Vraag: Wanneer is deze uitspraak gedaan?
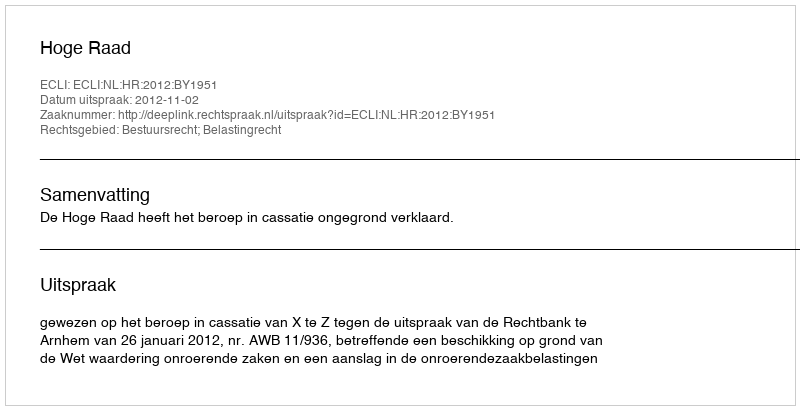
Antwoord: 2012-11-02